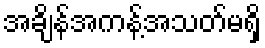
အချိန်အကန့်အသတ်မရှိ